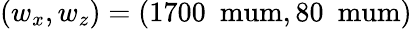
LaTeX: (w_{x},w_{z})=(1700~\mathrm{\ mum},80~\mathrm{\ mum})